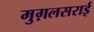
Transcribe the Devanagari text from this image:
मुग़लसराई